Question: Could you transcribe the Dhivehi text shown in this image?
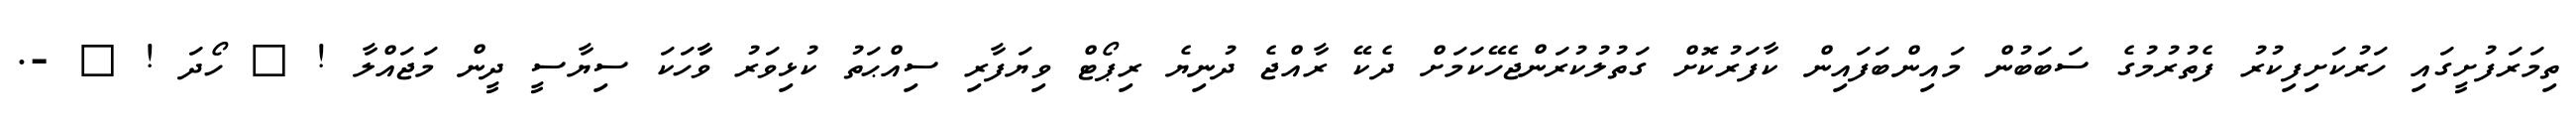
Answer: ތިމަރަފުށީގައި ހަރުކަށިފިކުރު ފެތުރުމުގެ ސަބަބުން މައިންބަފައިން ކާފަރުކޮށް ގަތުލުކުރަންޖެހޭކަމަށް ދެކޭ ރާއްޖެ ދުނިޔެ ރިޕޯޓް ވިޔަފާރި ސިއްޙަތު ކުޅިވަރު ވާާހަކަ ސިޔާސީ ދީން މަޖައްލާ ! ? ހޯދަ ! ? -.